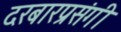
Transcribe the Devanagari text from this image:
दरबारप्रसंगी